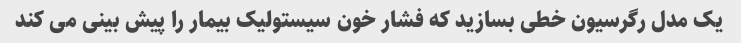
یک مدل رگرسیون خطی بسازید که فشار خون سیستولیک بیمار را پیش بینی می کند